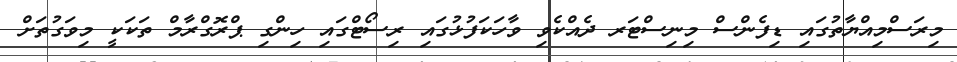
މިރަސްމިއްޔާތުގައި ޑިފެންސް މިނިސްޓަރ ދެއްކެވި ވާހަކަފުޅުގައި ރިސޯޓްގައި ހިންގި ޕްރޮގްރާމް ތަކަކީ މިވަގުތަށް